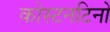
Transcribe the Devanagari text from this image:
कोस्टनटिनो